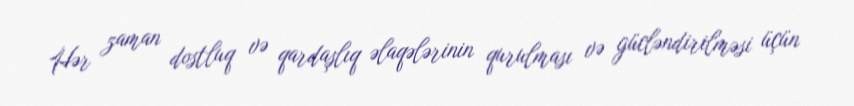
Hər zaman dostluq və qardaşlıq əlaqələrinin qurulması və gücləndirilməsi üçün